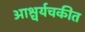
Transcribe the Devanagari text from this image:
आश्चर्यचकीत